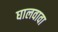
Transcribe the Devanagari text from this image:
घालवावा